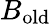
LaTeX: B_{\mathrm{old}}